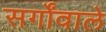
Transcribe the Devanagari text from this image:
सर्गोंवाले